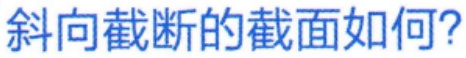
斜向截断的截面如何？